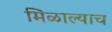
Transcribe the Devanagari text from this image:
मिळाल्याच